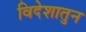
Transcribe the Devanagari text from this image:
विदेशातुन